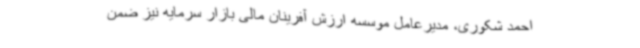
احمد شکوری، مدیرعامل موسسه ارزش آفرینان مالی بازار سرمایه نیز ضمن